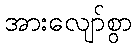
အားလျော်စွာ